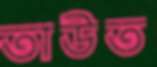
তাউত